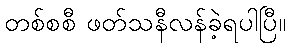
တစ်စစီ ဖတ်သနီလန်ခဲ့ရပါပြီ။